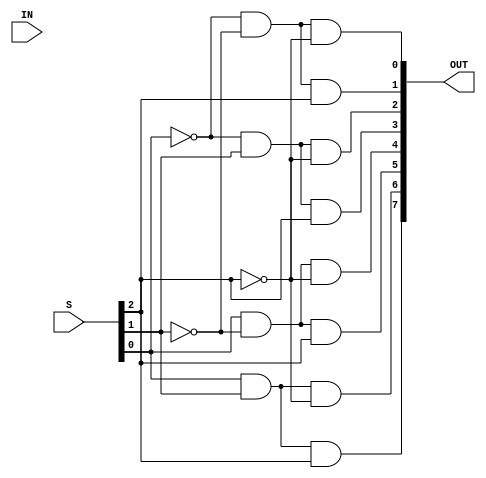
/*
Module name: Demux 1 to 8
Author: Nguyen Thanh Phu
*/

module demux_1_to_8(S, IN, OUT);    
    input IN;
    input [2:0] S;
    output reg[7:0] OUT;

    always @( S, IN )
    begin
        OUT[0] = ~S[0] & ~S[1] & ~S[2];
        OUT[1] = ~S[0] & ~S[1] & S[2];
        OUT[2] = ~S[0] & S[1] & ~S[2];
        OUT[3] = ~S[0] & S[1] & S[2];
        OUT[4] = S[0] & ~S[1] & ~S[2];
        OUT[5] = S[0] & ~S[1] & S[2];
        OUT[6] = S[0] & S[1] & ~S[2];
        OUT[7] = S[0] & S[1] & S[2];
    end
endmodule